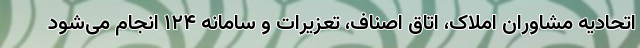
اتحادیه مشاوران املاک، اتاق اصناف، تعزیرات و سامانه ۱۲۴ انجام می‌شود